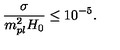
\frac { \sigma } { m _ { p l } ^ { 2 } H _ { 0 } } \leq 1 0 ^ { - 5 } .